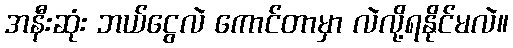
အနီးဆုံး ဘယ်ငွေလဲ ကောင်တာမှာ လဲလို့ရနိုင်မလဲ။